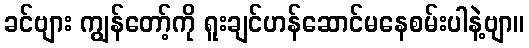
ခင်ဗျား ကျွန်တော့်ကို ရူးချင်ဟန်ဆောင်မနေစမ်းပါနဲ့ဗျာ။